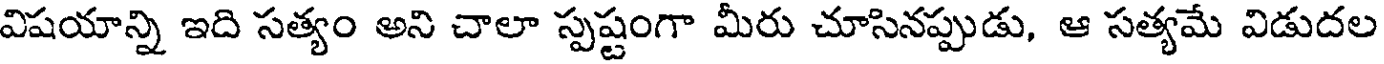
విషయాన్ని ఇది సత్యం అని చాలా స్పష్టంగా మీరు చూసినప్పుడు, ఆ సత్యమే విడుదల